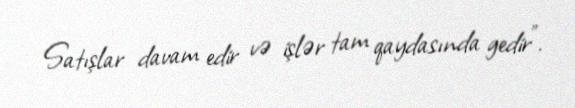
Satışlar davam edir və işlər tam qaydasında gedir”.